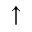
\uparrow